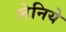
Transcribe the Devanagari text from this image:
लेनिये